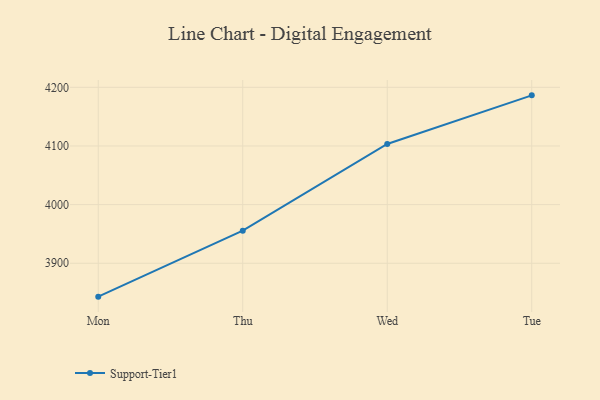
{"axis": {"x": "Day", "y": "Production Output"}, "legend": ["Support-Tier1"], "data": [{"x": "Mon", "y": 3843.1, "type": "Support-Tier1"}, {"x": "Thu", "y": 3955.6, "type": "Support-Tier1"}, {"x": "Wed", "y": 4103.4, "type": "Support-Tier1"}, {"x": "Tue", "y": 4186.3, "type": "Support-Tier1"}]}